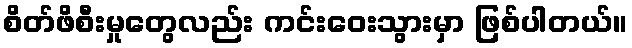
စိတ်ဖိစီးမှုတွေလည်း ကင်းဝေးသွားမှာ ဖြစ်ပါတယ်။